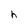
Character: h